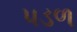
પડળ